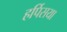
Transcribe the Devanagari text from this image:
हर्पिसया